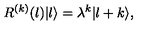
R ^ { ( k ) } ( l ) | l \rangle = \lambda ^ { k } | l + k \rangle ,